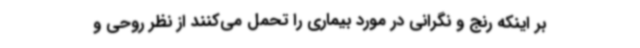
بر اینکه رنج و نگرانی در مورد بیماری را تحمل می‌کنند از نظر روحی و